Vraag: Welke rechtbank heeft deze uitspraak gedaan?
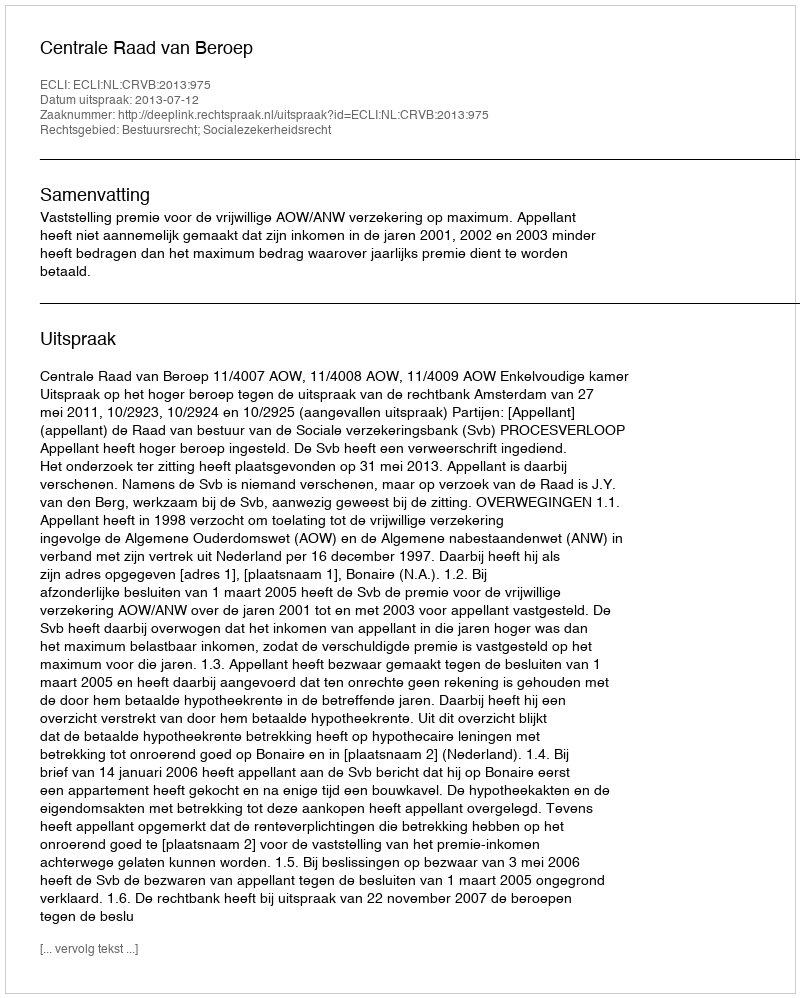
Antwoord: Centrale Raad van Beroep